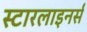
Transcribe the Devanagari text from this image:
स्टारलाइनर्स